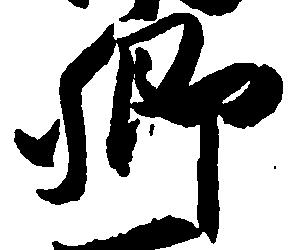
郷